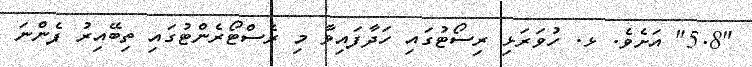
"5.8" އަށެވެ. ޅ. ހުވަރަޅި ރިސޯޓުގައި ހަދާފައިވާ މި ރެސްޓޯރެންޓުގައި ތިބޭއިރު ފެންނަ